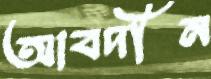
আবদীন